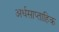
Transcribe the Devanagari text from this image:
अर्धसाप्ताहिक